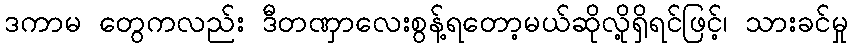
ဒကာမ တွေကလည်း ဒီတဏှာလေးစွန့်ရတော့မယ်ဆိုလို့ရှိရင်ဖြင့်၊ သားခင်မှု